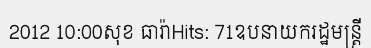
2012 10:00សុខ ធារ៉ាHits: 71ឧបនាយករដ្ឋមន្ត្រី